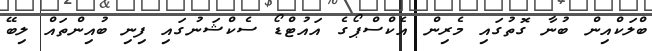
ބްލަކްއިން ބުނާ ގޮތުގައި މެރިން އެކްސްޕޯގެ އައުޓްޑޯ ސެކްޝަނުގައި ފިނި ބުއިންތައް ލިބޭ